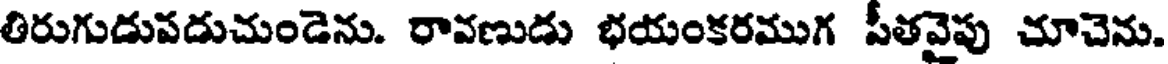
తిరుగుడుపడుచుండెను. రావణుడు భయంకరముగ పీతవైపు చూచెను.